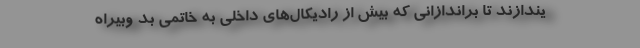
یندازند تا براندازانی که بیش از رادیکال‌های داخلی به خاتمی بد وبیراه